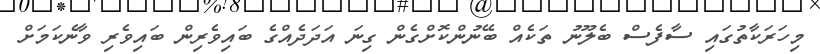
މިހަރަކާތުގައި ސާފެސް ބެލޫނު ތަކެއް ބޭނުންކޮށްގެން ގިނަ އަދަދެއްގެ ބައިވެރިން ބައިވެރި ވާނެކަމަށް